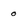
Character: 0